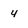
Character: 4